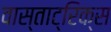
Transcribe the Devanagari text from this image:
वास्ताट्रिक्स